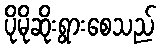
ပိုမိုဆိုးရွားစေသည်